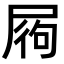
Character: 𡱺